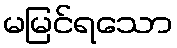
မမြင်ရသော